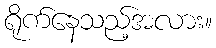
ရိုက်နေသည့်အလား။